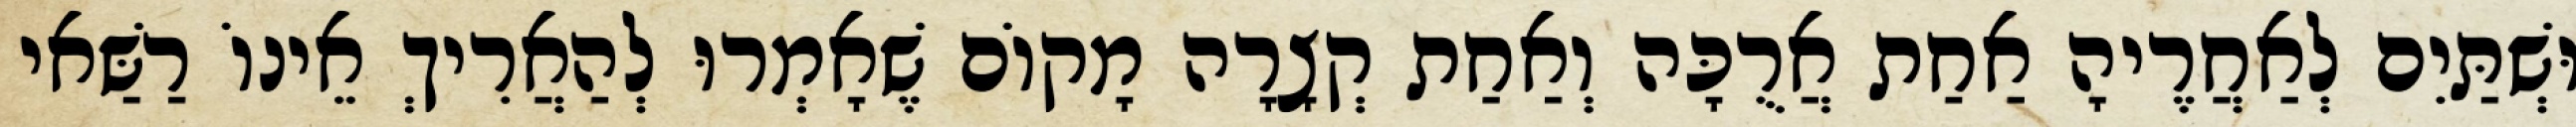
וּשְׁתַּיִם לְאַחֲרֶיהָ אַחַת אֲרֻכָּה וְאַחַת קְצָרָה מָקוֹם שֶׁאָמְרוּ לְהַאֲרִיךְ אֵינוֹ רַשַּׁאי